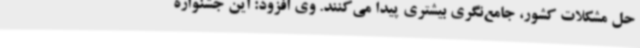
حل مشکلات کشور، جامع‌نگری بیشتری پیدا می‌کنند. وی افزود: این جشنواره